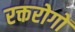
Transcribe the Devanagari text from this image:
रक्तरोगों